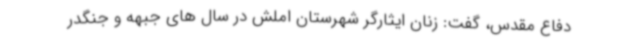
دفاع مقدس، گفت: زنان ایثارگر شهرستان املش در سال های جبهه و جنگدر